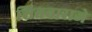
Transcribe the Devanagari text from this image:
शिवबाराजे